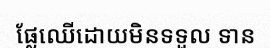
ផ្លែឈើដោយមិនទទួល ទាន